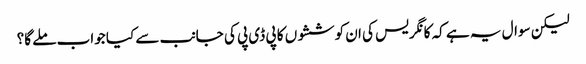
لیکن سوال یہ ہے کہ کانگریس کی ان کوششوں کا پی ڈی پی کی جانب سے کیا جواب ملے گا؟